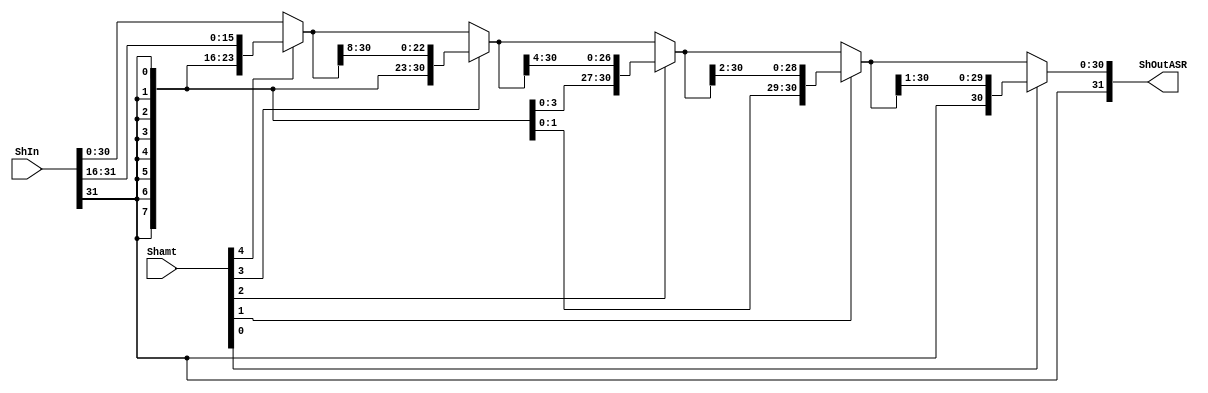
`timescale 1ns / 1ps
//////////////////////////////////////////////////////////////////////////////////
// Company: SUSTech
// Module Name: ASR
// Project Name: Processor
// Tool Versions: Vivado 2021.2
// Description: 
//
//////////////////////////////////////////////////////////////////////////////////


module ASR(
    input   [31:0]      ShIn,
    input   [4:0]       Shamt,
    output  [31:0]      ShOutASR
    );
    
    wire [31:0] ShOutA;
    wire [31:0] ShOutB;
    wire [31:0] ShOutC;
    wire [31:0] ShOutD;
    
    assign  ShOutA      =   Shamt[4] ? {{16{ShIn[31]}}, ShIn[31:16]} : ShIn;
    assign  ShOutB      =   Shamt[3] ? {{8{ShOutA[31]}},  ShOutA[31:8]} : ShOutA;
    assign  ShOutC      =   Shamt[2] ? {{4{ShOutB[31]}},  ShOutB[31:4]} : ShOutB;
    assign  ShOutD      =   Shamt[1] ? {{2{ShOutC[31]}},  ShOutC[31:2]} : ShOutC;
    assign  ShOutASR    =   Shamt[0] ? {{1{ShOutD[31]}},  ShOutD[31:1]} : ShOutD;
endmodule